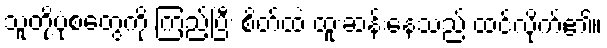
သူတို့ပုံစံတွေကို ကြည့်ပြီး စိတ်ထဲ ထူးဆန်းနေသည် ထင်လိုက်၏။